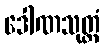
ဒေါဏသုတ္တံ